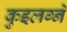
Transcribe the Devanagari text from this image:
कुइलग्ने